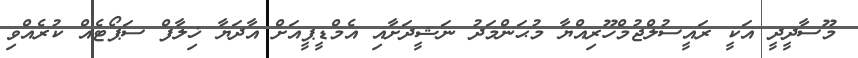
މޫސާދީދީ އަކީ ރައީސުލްޖުމްހޫރިއްޔާ މުޙަންމަދު ނަޝީދަށާއި އެމްޑީޕީއަށް އާދަޔާ ޚިލާފް ސަޕޯޓެއް ކުރެއްވި